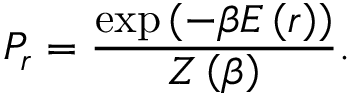
P _ { r } = { \frac { \exp \left( - \beta E \left( r \right) \right) } { Z \left( \beta \right) } } .